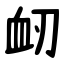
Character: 衂